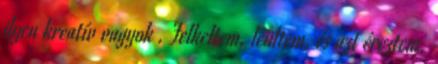
ilyen kreatív vagyok . Felkeltem, leültem, és azt éreztem,